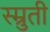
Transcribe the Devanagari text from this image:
स्म्रुती